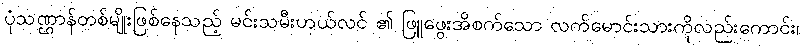
ပုံသဏ္ဌာန်တစ်မျိုးဖြစ်နေသည့် မင်းသမီးဟယ်လင် ၏ ဖြူဖွေးအိစက်သော လက်မောင်းသားကိုလည်းကောင်း၊